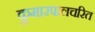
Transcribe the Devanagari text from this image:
कुमारपालचरित